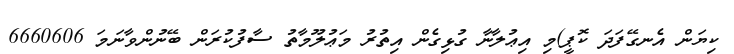
ކިޔަން އެނގޭފަދަ ކޮޕީ)މި އިޢުލާނާ ގުޅިގެން އިތުރު މަޢުލޫމާތު ސާފުކުރަން ބޭނުންވާނަމަ 6660606